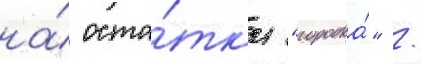
на́ оста́тк'и "городка́" /